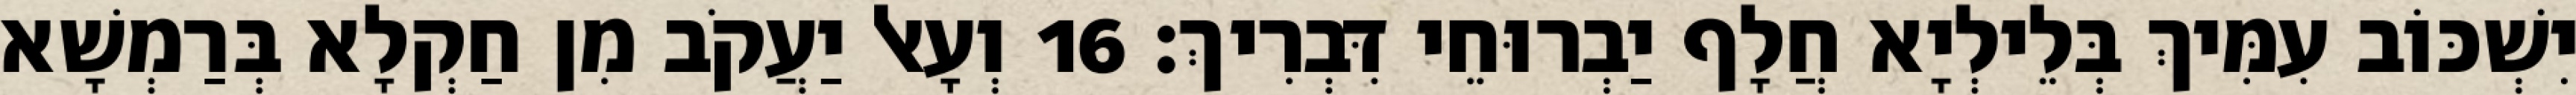
יִשְׁכּוֹב עִמִּיךְ בְּלֵילְיָא חֲלָף יַבְרוּחֵי דִּבְרִיךְ׃ 16 וְעָאל יַעֲקֹב מִן חַקְלָא בְּרַמְשָׁא